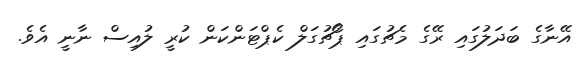
އޭނާގެ ބަދަލުގައި ރޭގެ މެޗުގައި ޕޯޗުގަލް ކެޕްޓަންކަން ކުރީ ލުއިސް ނާނީ އެވެ.